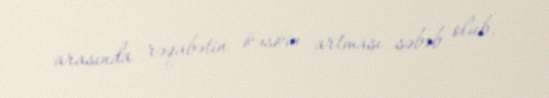
arasında rəqabətin kəskin artması səbəb olub.